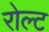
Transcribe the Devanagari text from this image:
रोल्ट